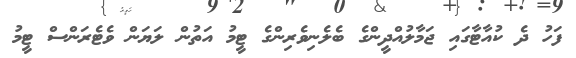
ފަހު ދެ ކުއާޓާގައި ޖަމާލުއްދީންގެ ބެލެނިވެރިންގެ ޓީމު އަތުން ލަޔަން ވެޓެރަންސް ޓީމު